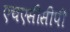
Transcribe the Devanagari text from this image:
एचएसीसीपी